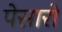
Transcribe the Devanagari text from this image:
पेसारो